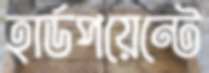
হার্ডপয়েন্টে